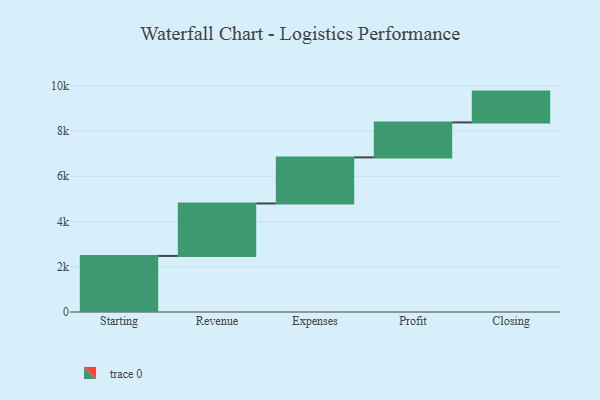
{"axis": {"x": "Step", "y": "Value"}, "legend": [""], "data": [{"x": "Starting", "y": 2478.0, "type": ""}, {"x": "Revenue", "y": 2319.0, "type": ""}, {"x": "Expenses", "y": 2037.0, "type": ""}, {"x": "Profit", "y": 1546.0, "type": ""}, {"x": "Closing", "y": 1362.0, "type": ""}]}